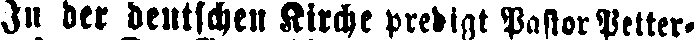
Ju der deutschen Kirche predigt Pastor Petter-